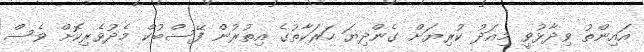
އައިންތު ވިދާޅުވީ މިއަދު ކުރިޔަށް ގެންދިޔަ ހަރަކާތުގެ އިތުރުން ފޭސްބުކް މެދުވެރިކޮށް ވެސް